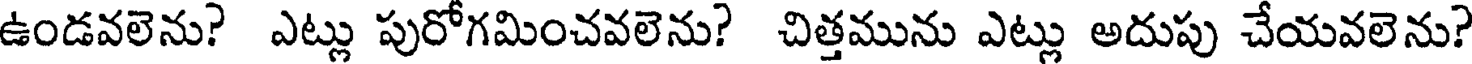
ఉండవలెను? ఎట్లు పురోగమించవలెను? చిత్తమును ఎట్లు అదుపు చేయవలెను?